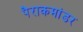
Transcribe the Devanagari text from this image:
पैराकमांडर